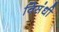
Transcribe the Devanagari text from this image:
विसंधी